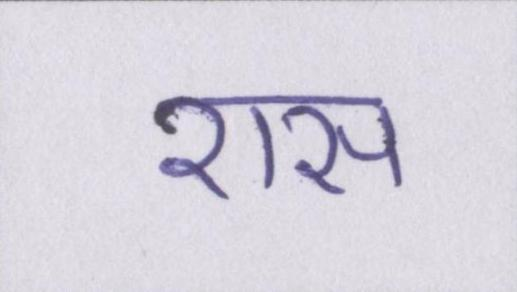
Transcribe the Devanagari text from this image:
रास